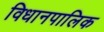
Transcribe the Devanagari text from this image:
विधानपालिक